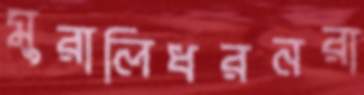
মুরালিধরনরা